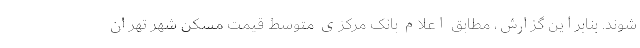
شوند. بنابراین گزارش، مطابق اعلام بانک مرکزی متوسط قیمت مسکن شهر تهران